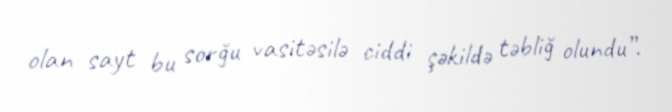
olan sayt bu sorğu vasitəsilə ciddi şəkildə təbliğ olundu”.